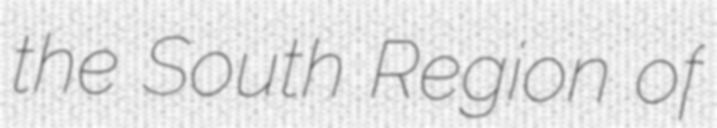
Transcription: the South Region of